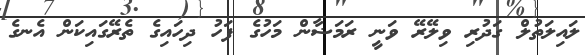
ލައިލަތުލް ގަދުރި ވިލޭރޭ ވަނީ ރަމަޟާން މަހުގެ ފަހު ދިހައިގެ ތެރޭގައިކަން އެނގެ